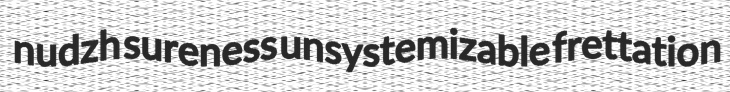
nudzh sureness unsystemizable frettation